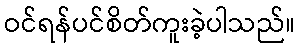
ဝင်ရန်ပင်စိတ်ကူးခဲ့ပါသည်။